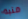
منبه